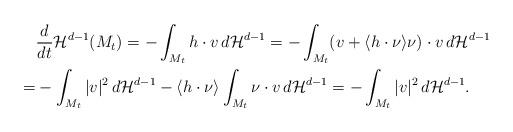
LaTeX: \begin{align*}&\frac{d}{dt}\mathcal{H}^{d-1} (M_t) =- \int _{M_t} h\cdot v \, d\mathcal{H}^{d-1}= -\int _{M_t} (v+\langle h\cdot \nu \rangle \nu) \cdot v \, d\mathcal{H}^{d-1}\\=& -\int _{M_t} |v|^2 \, d\mathcal{H}^{d-1} -\langle h \cdot \nu \rangle \int _{M_t} \nu \cdot v \, d\mathcal{H}^{d-1} =-\int _{M_t} |v|^2 \, d\mathcal{H}^{d-1} .\end{align*}